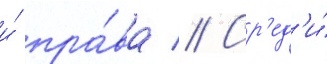
и́ пра́ва // Ср'ед'и́